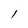
Character: l